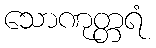
သောဏုတ္တရံ